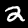
Digit: 2